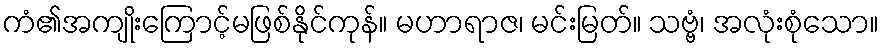
ကံ၏အကျိုးကြောင့်မဖြစ်နိုင်ကုန်။ မဟာရာဇ၊ မင်းမြတ်။ သဗ္ဗံ၊ အလုံးစုံသော။